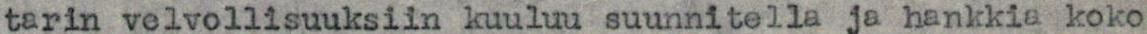
tarin velvollisuuksiin kuuluu suunnitella ja hankkia koko